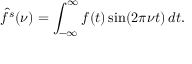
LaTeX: { \hat { f } } ^ { s } ( \nu ) = \int _ { - \infty } ^ { \infty } f ( t ) \sin ( 2 \pi \nu t ) \, d t .